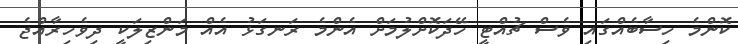
ކޮންމެ ހިސާބެއްގައި ވެސް ޗުއްޓީ ހޭދަކޮށްލުމަށް އެންމެ ރަނގަޅު އެއް މަންޒިލަކީ ދިވެހިރާއްޖެ